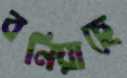
বনিয়াছে